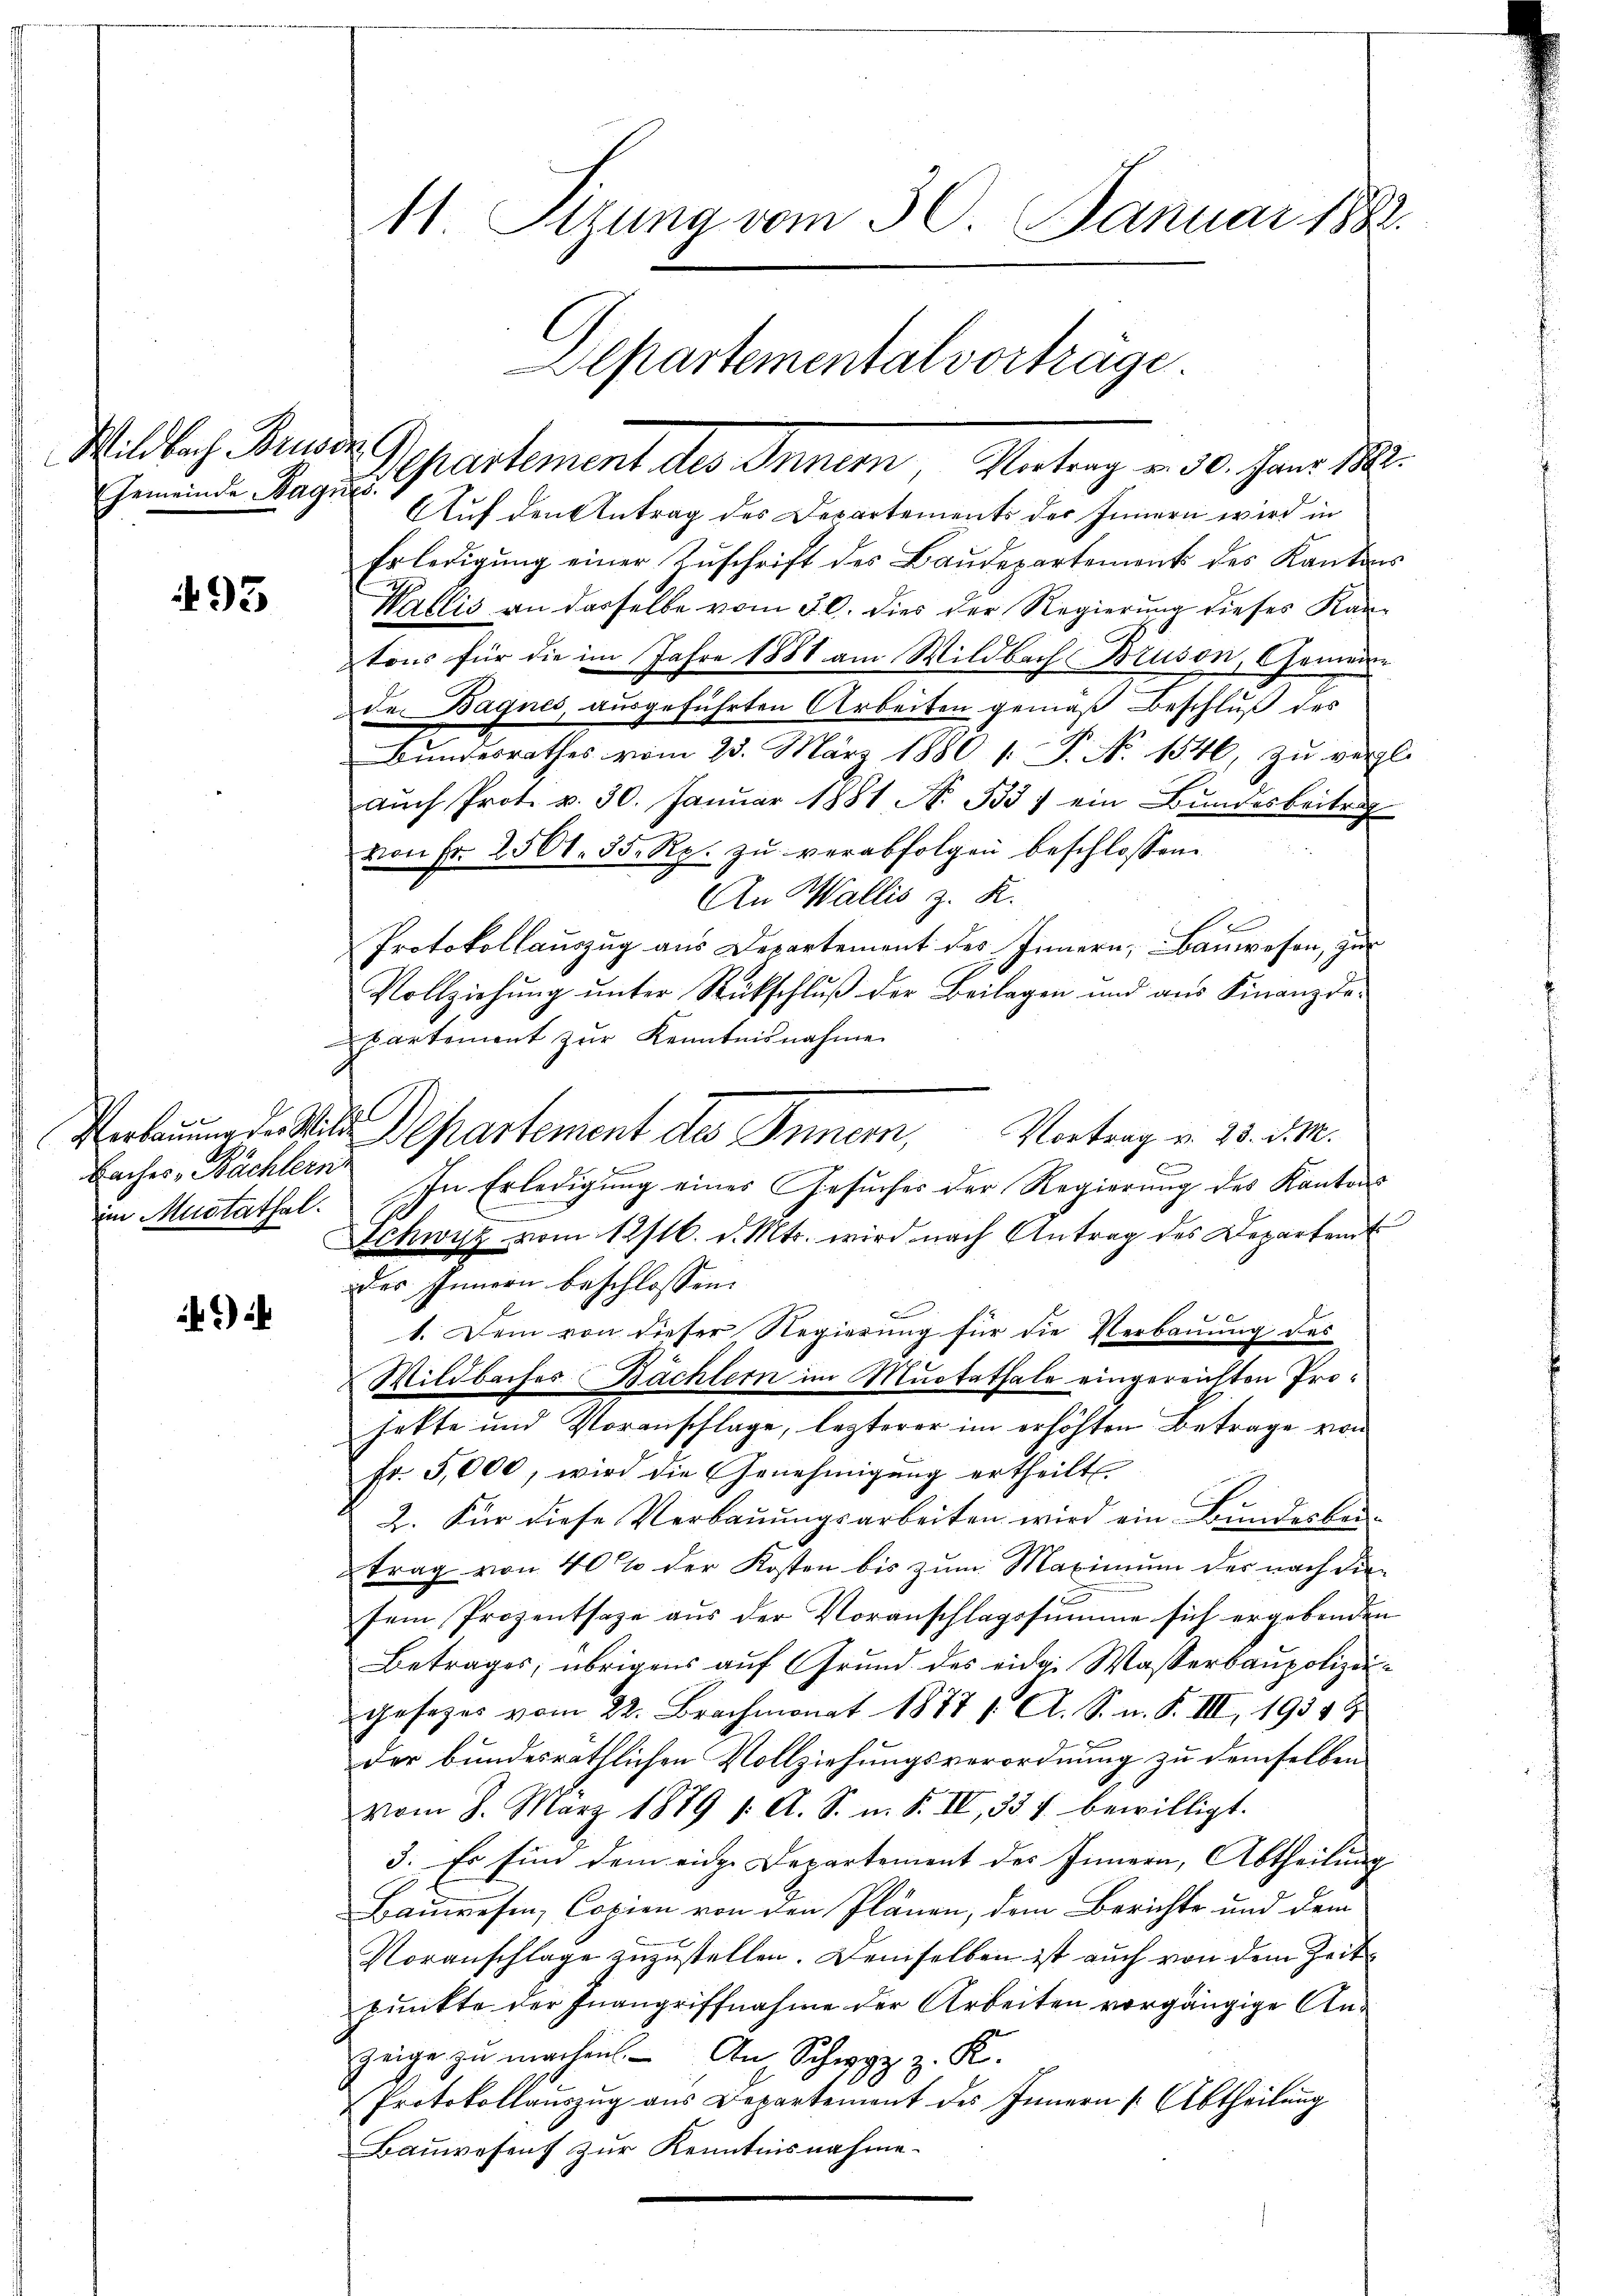
Wildbach Brude
Gemeinde Wagnes.

493

Baches Bächlern
im Mustathal.

4

11 Sizung vom 30. Januar 1882
Alpartementalvorträge.

Departement der Stern, Seitenz in 30. Jan.
Auf den Antrag des Departements der Innern wird in
Erledigung einer Zuschrift des Baudepartement des Kantons
Wallis an dasselbe vom 30. dies der Regierung dieses Kantons für die im Jahre 1888 am Wildbach Bruson, Gemein
de Bagnes, ausgeführten Arbeiten gemäß Beschluß des
Bŭndesrathes vom 23. März 1880 1. P. Nr. 1546, zu vergl.
aŭch Prot. v. 30. Janŭar 1881 N. Bd. 7 ein Bŭndesbeitrag
von Fr. 2561. 35. Rp. zŭ verabfolgen beschlossen:
An Wallis z. R.
Protokollauszug aus Departement des Innern, Bauwesen, zur
Vollziehŭng ŭnter Rückschlŭβ der Beilagen und aŭs Finanzde-
partement zur Kenntnisnahme
Verbauung der Wie Departement des Innern, Vortrag u. 25. d. M.
In Erledigŭng eines Gesŭches der Regierŭng des Kantons
Schwyz vom 12/16. d. Mts. wird nach Antrag des Departent
des Innern beschlossen:
1. Dem von dieser Regierung für die Verbauung des
Wildbaches Bächtern im Muotathale eingereichten Projekte und Voranschlage, lezterer im erhöhten Betrage von
Fr. 5,000, wird die Genehmigung ertheilt.
2. Für diese Verbauungsarbeiten wird ein Bundesbeitrag von 40% der Kosten bis zŭm Maximŭm der nach die
sem Prozentsage aus der Voranschlagssumme sich ergebenden
Betrages, übrigens auf Grund des eider Wasserbaupolizeigesezes vom 22. Brachmonat 1877 /: A. S. n. F. III, 1934 b
der bundesräthlichen Vollziehungsverordnung zu demselben
vom 8. März 1879 1. A. S. n. F. IV, 33 f. bewilligt.
3. Es sind dem eine Departement des Innern, Abtheilung
Bauwesen, Copien von den Plänen, dem Berichte und dem
Voranschlage zuzustellen. Demselben ist auch von dem Zeitpunkte der Inangriffnahme der Arbeiten vorgängige Ang zŭ machen S. K.
Protokollaŭszŭg aŭs Departement des Innern (Abtheilŭng
Bauwesens zur Kenntnisnahme.